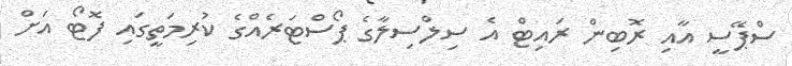
ސްޕޭސީ އާއި ރޮބިން ރައިޓް އެ ސިލްސިލާގެ ޕޯސްޓަރެއްގެ ކުރިމަތީގައި ފޮޓޯ އަށް